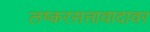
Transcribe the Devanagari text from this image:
लष्करसत्तावादावर